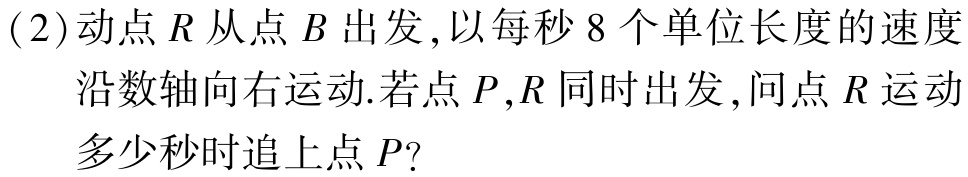
(2)动点\(R\)从点\(B\)出发,以每秒\(8\)个单位长度的速度

沿数轴向右运动.若点\(P,R\)同时出发,问点\(R\)运动

多少秒时追上点\(P?\)